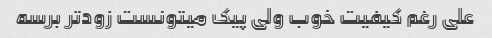
علی رغم کیفیت خوب ولی پیک میتونست زودتر برسه